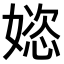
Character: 𫱝